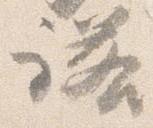
諾